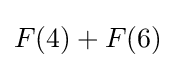
F(4)+F(6)